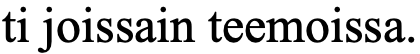
ti joissain teemoissa.